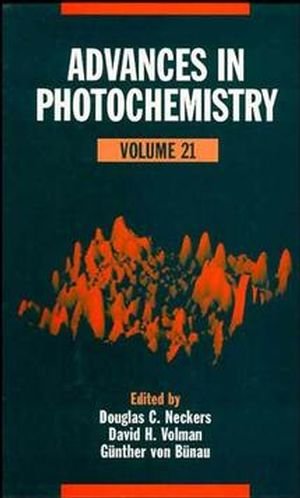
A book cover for Advances in Photochemistry (Volume 21); Science & Math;